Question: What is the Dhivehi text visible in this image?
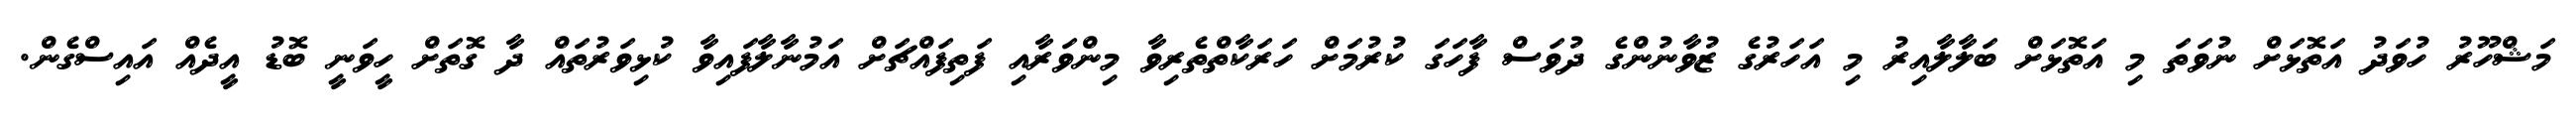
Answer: މަޝްހޫރު ހުވަދު އަތޮޅަށް ނުވަތަ މި އަތޮޅަށް ބަލާލާއިރު މި އަހަރުގެ ޒުވާނުންގެ ދުވަސް ފާހަގަ ކުރުމަށް ހަރަކާތްތެރިވާ މިންވަރާއި ފަތިފައްޗަށް އަމުނާލާފައިވާ ކުޅިވަރުތައް ދާ ގޮތަށް ހީވަނީ ބޮޑު އީދެއް އައިސްގެން.